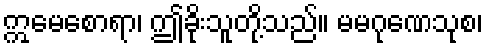
ဣမေစောရာ၊ ဤခိုးသူတို့သည်။ မမဂုဏေသုစ၊